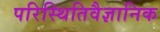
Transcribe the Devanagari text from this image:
परिस्थितिवैज्ञानिक